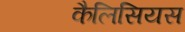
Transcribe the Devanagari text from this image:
कैलिसियस